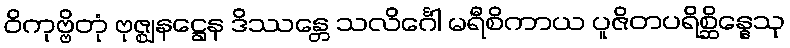
ဝိကုဗ္ဗိတုံ ဗုဇ္ဈနဋ္ဌေန ဒိဿန္တေ သလိင်္ဂေါ မရီစိကာယ ပူဇိတပရိစ္ဆိန္နေသု